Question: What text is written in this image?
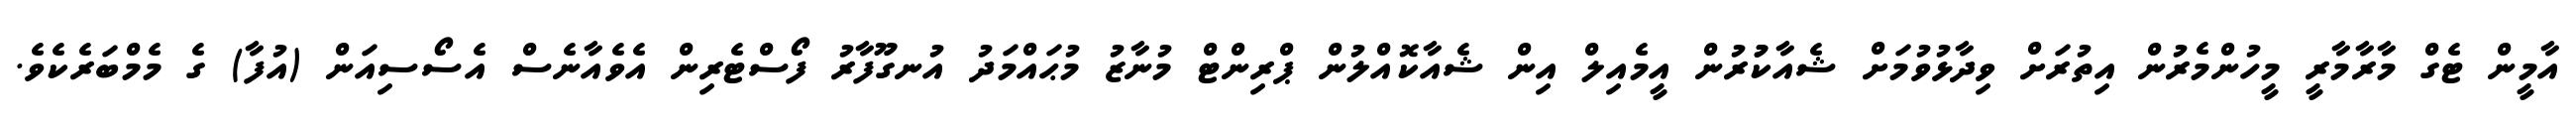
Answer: އާމީން ޓެގް މާރާމާރީ މީހުންމެރުން އިތުރަށް ވިދާޅުވުމަށް ޝެއާކުުރުން އީމެއިލް އިން ޝެއާކޮއްލުން ޕްރިންޓް މުނާޒު މުޙައްމަދު އުނގޫފާރު ފޯސްޓެރިން އެވެއާނެސް އެސޯސިއަން (އުފާ) ގެ މެމްބަރެކެވެ.